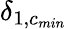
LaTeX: \delta_{1,c_{min}}